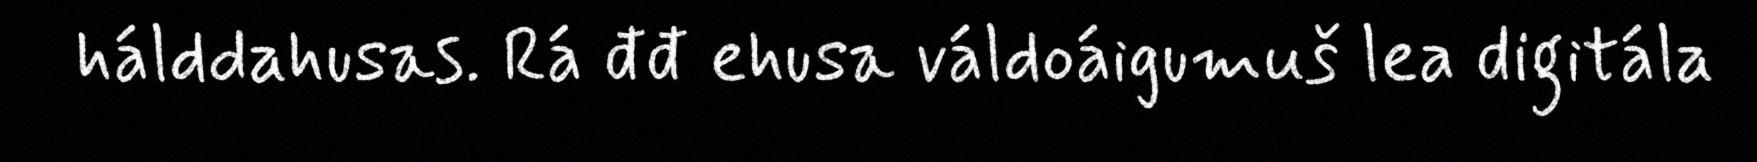
hálddahusas. Rá đđ ehusa váldoáigumuš lea digitála